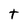
Character: t